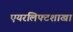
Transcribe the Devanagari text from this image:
एयरलिफ्टशाखा